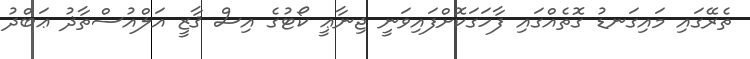
ތެރޭގައި މައިގަނޑު ގޮތެއްގައި ފާހަގަކޮށްފައިވަނީ ޖިނާޢީ ކޯޓުގެ އިސް ޤާޒީ އަލްއުސްތާޛު ޢަބްދު